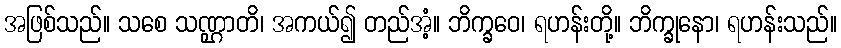
အဖြစ်သည်။ သစေ သဏ္ဌာတိ၊ အကယ်၍ တည်အံ့။ ဘိက္ခဝေ၊ ရဟန်းတို့။ ဘိက္ခုနော၊ ရဟန်းသည်။